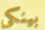
بينكي